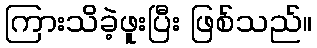
ကြားသိခဲ့ဖူးပြီး ဖြစ်သည်။